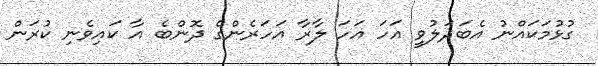
ގުޅުމަކައްނު އެބަދަލުވީ އަހަ އަހަ ލާރާ އަހަރެންގެ ދޮންބެ އާ ކައިވެނި ކުރަން